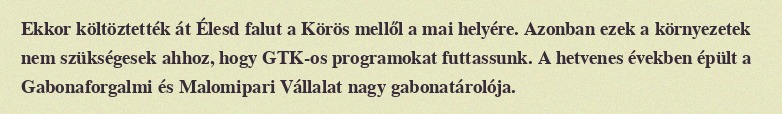
Ekkor költöztették át Élesd falut a Körös mellől a mai helyére. Azonban ezek a környezetek nem szükségesek ahhoz, hogy GTK-os programokat futtassunk. A hetvenes években épült a Gabonaforgalmi és Malomipari Vállalat nagy gabonatárolója.